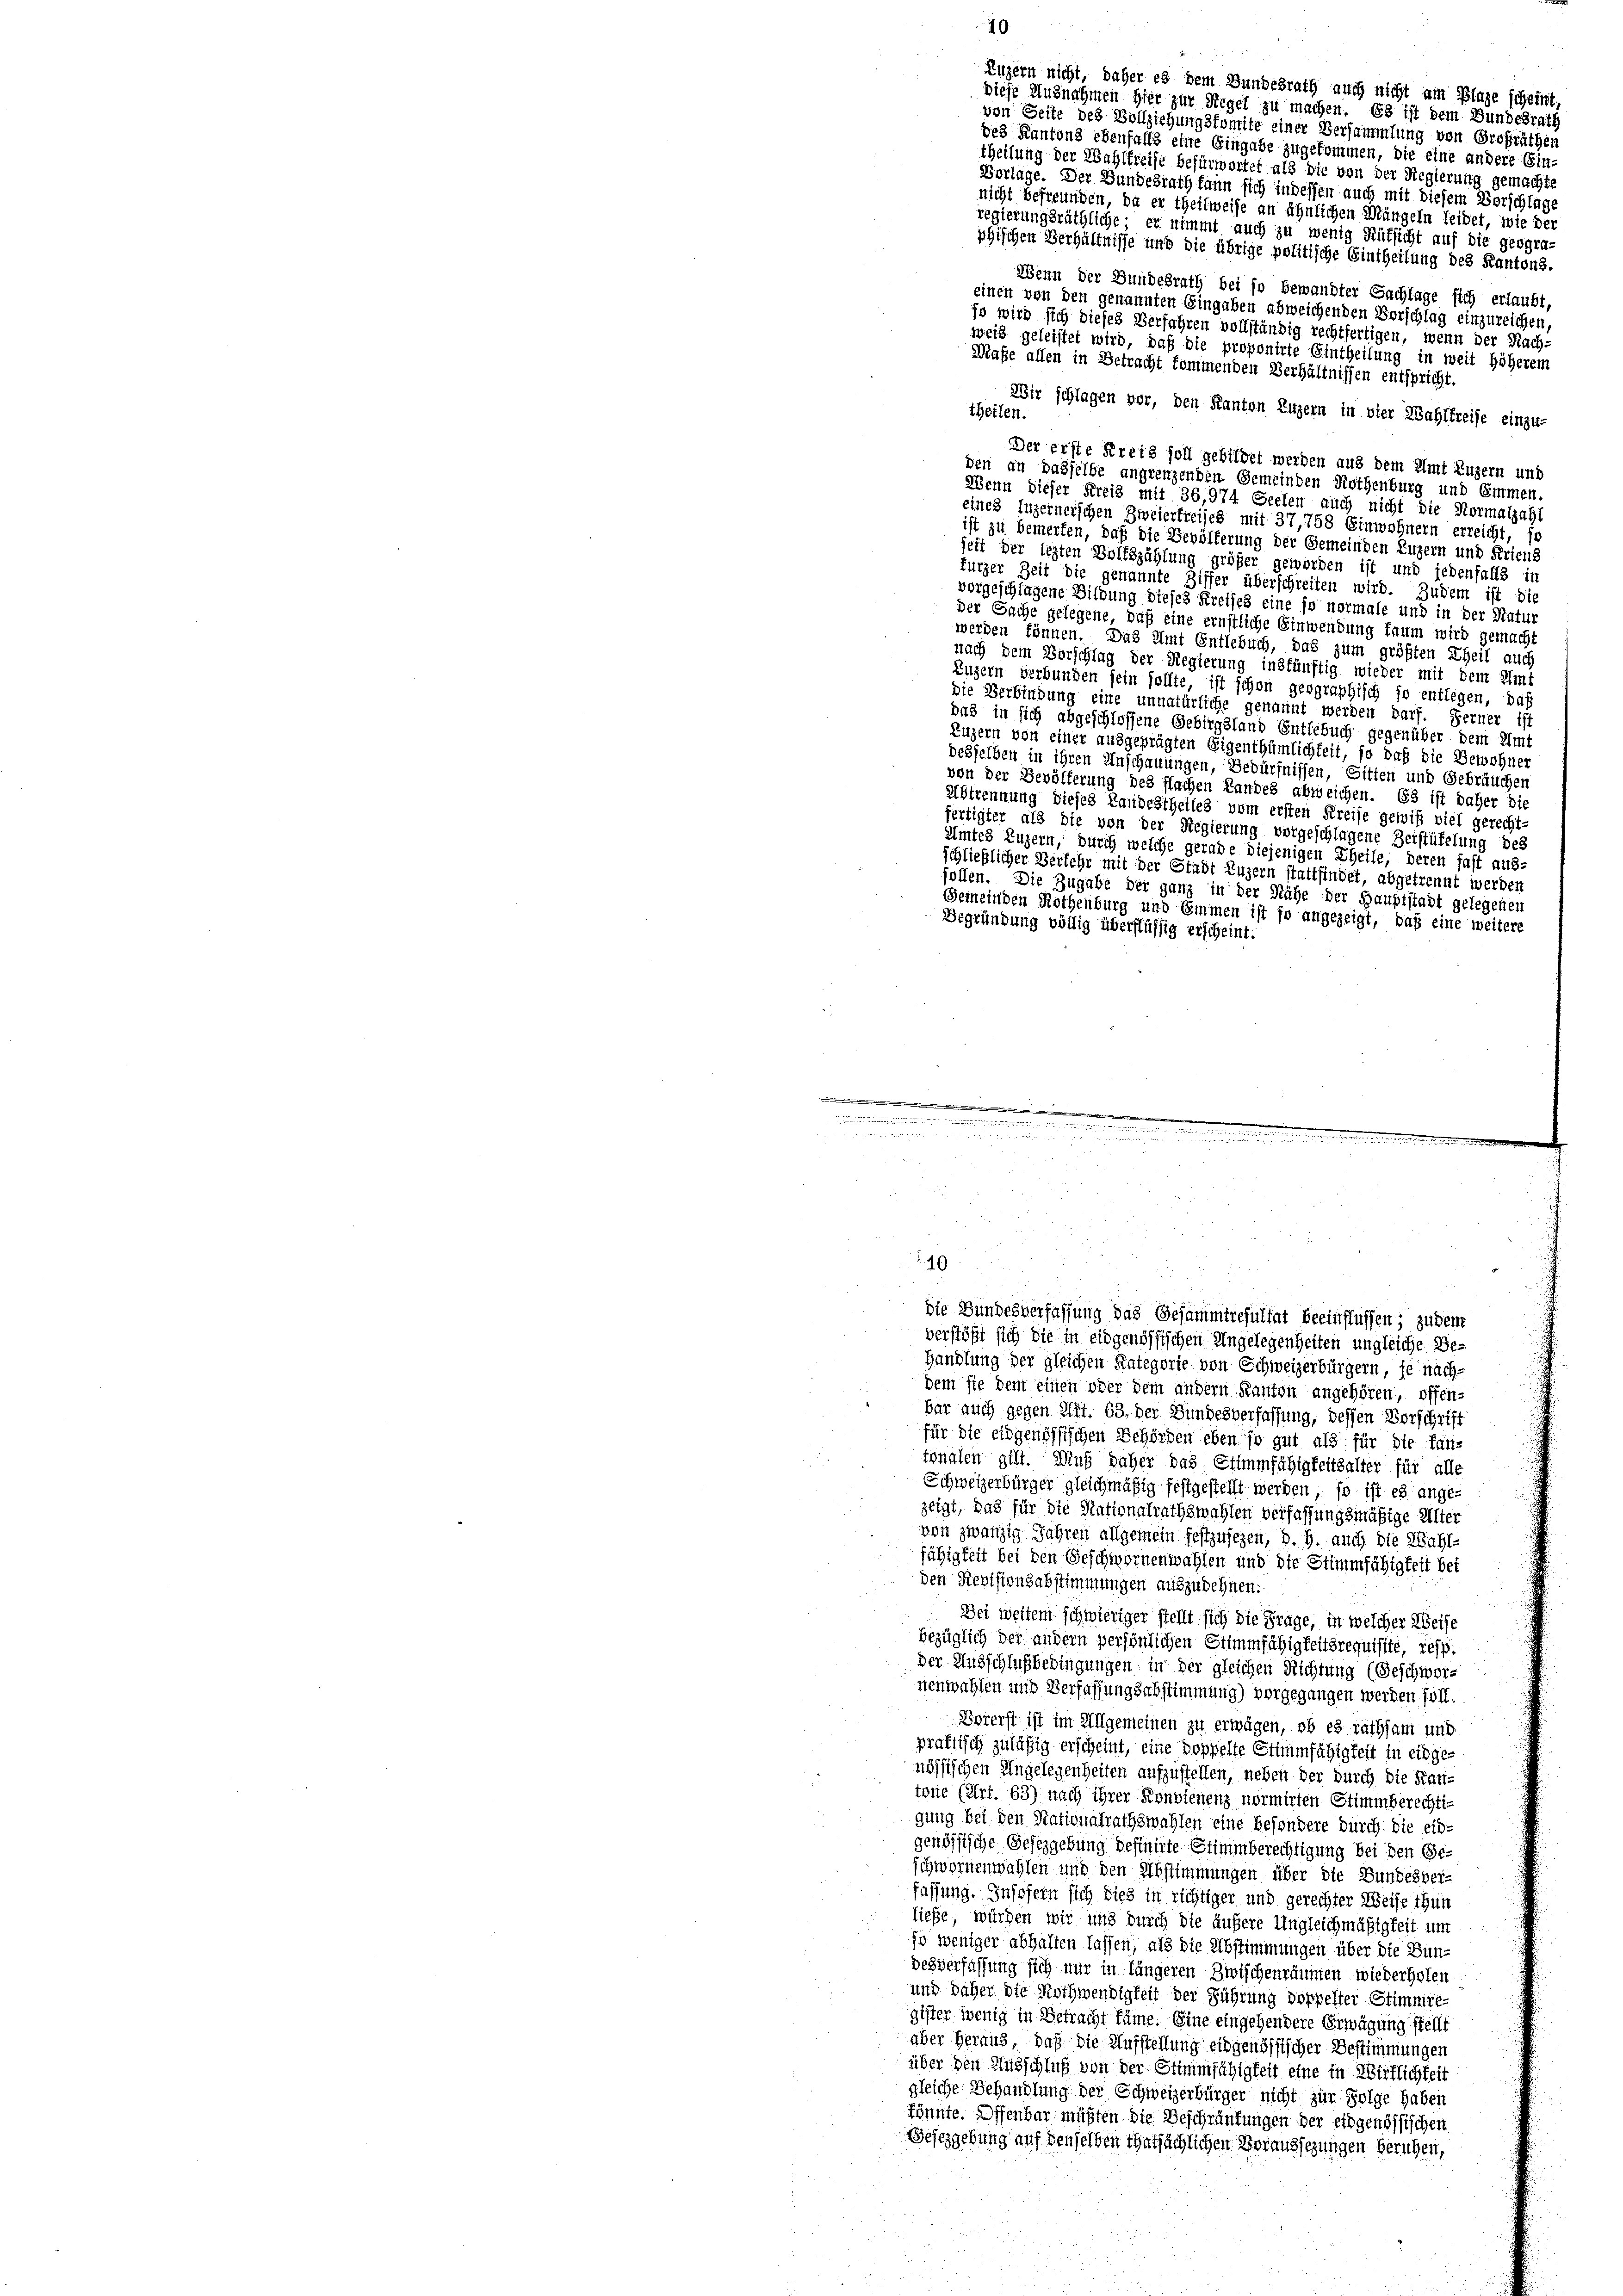
Luzern nicht, daher es dem Bundesrath auch nicht am Plage scheint,
diese Ausnahmen hier zur Regel zu machen. Es ist dem Bundesrath
von Seite des Vollziehungsfomite einer Versammlung von Grofräthen
des Kantons ebenfalls eine Eingabe zugekommen, die eine andere Ein-
theilung der Wahlkreist befürwortet als die von der Regierung gemachte
Vorlage. Der Bundesrath kann sich indessen auch mit diesem Vorschlage
nicht befreunden, da er theilweise an ähnlichen Mängeln leidet, wie der
regierungsräthliche er nimmt auch zu wenig Rüksicht auf die geogra-
phischen Verhältnisse und die übrige politische Eintheilung des Kantons.
Wenn der Bundesrath bei so bewandter Sachlage sich erlaubt,
einen von den genannten Eingaben abweichenden Vorschlag einzureichen,
so wird sich dieses Verfahren vollständig rechtfertigen, wenn der Nach-
weis geleistet wird, daß die proponirte Eintheilung in weit höherem
Maße allen in Betracht kommenden Verhältnissen entspricht.
Wir schlagen vor, den Kanton Luzern in vier Wahlkreise einzu-
theilen.
Der erste Kreis soll gebildet werden aus dem Amt Luzern und
den an dasselbe angrenzenden Gemeinden Rothenburg und Emmen.
Wenn dieser Kreis mit 36,974 Seelen auch nicht die Normalzahl
eines Luzernerschen Zweierfreises mit 37,758 Einwohnern erreicht, so
ist zu bemerken, daß die Bevölkerung der Gemeinden Luzern und Friens
seit der lezten Volkszählung größer geworden ist und jedenfalls in
furzer Zeit die genannte Ziffer überschreiten wird. Zudem ist die
vorgeschlagene Bildung dieses Kreises eine so normale und in der Natur
der Sache gelegene, daß eine ernstliche Einwendung kaum wird gemacht
werden können. Das Amt Entlebuch, das zum größten Theil auch
nach dem Vorschlag der Regierung inskünftig wieder mit dem Amt
Luzern verbunden sein sollte, ist schon geographisch so entlegen, daß
die Verbindung eine unnatürliche genannt werden darf. Ferner ist
das in sich abgeschlossene Gebirgsland Entlebuch gegenüber dem Amt
Luzern von einer ausgeprägten Eigenthümlichkeit, so daß die Bewohner
desselben in ihren Anschauungen, Bedürfnissen, Sitten und Gebräuchen
von der Bevölferung des flachen Landes abweichen. 63 ist daher die
Abtrennung dieses Landestheiles vom ersten Kreise gewiß viel gerecht-
fertigter als die von der Regierung vorgeschlagene Zerstüfelung des
Amtes Luzern, durch welche gerade diejenigen Theile, deren fast aus-
schließlicher Verkehr mit der Stadt Luzern stattfindet, abgetrennt werden
follen. Die Zugabe der ganz in der Nähe der Hauptstadt gelegenen
Gemeinden Kothenburg und Emmen ist so angezeigt, daß eine weitere
Begründung völlig überflüssig erscheint.
   |
u

i
d
,
d
x
die Bundesverfassung das Gesammtresultat beeinflüssen; zudem
verstößt sich die in eidgenössischen Angelegenheiten ungleiche Be¬

Handlung der gleichen Kategorie von Schweizerbürgern, je nach-
dem sie dem einen oder dem andern Kanton angehören, offen-
bar auch gegen Art. 63, der Bundesverfassung, dessen Vorschrift
für die eidgenössischen Behörden eben so gut als für die fan-
tonalen gibt. Auf daher das Stimmfähigkeitsalter für alle
Schweizerbürger gleichmäßig festgestellt werden, so ist es ange-
zeigt, das für die Nationalrathswahlen verfassungsmäßige Alter
von zwanzig Jahren allgemein festzusezen, d. h. auch die Wahlfähigkeit bei den Geschwornenwahlen und die Stimmfähigkeit bet
den Revisionsabstimmungen auszudehnen.
Dei weitem schwieriger stellt sich die Frage, in welcher Weise
bezüglich der andern persönlichen Stimmfähigkeitsrequisite, resp.
der Ausschlußbedingungen in der gleichen Richtung (Geschwornenwahlen und Verfassungsabstimmung) vorgegangen werden soll.
Borerst ist im Allgemeinen zu erwägen, ob es rathsam und
praktisch zuläßig erscheint, eine doppelte Stimmfähigkeit in eingenössischen Angelegenheiten aufzustellen, neben der durch die Kantone (Art. 63) nach ihrer Konvienenz normirten Stimmberechtigung bei den Nationalrathswahlen eine besondere durch. Die eidgenössische Gefizgebung definirte Stimmberechtigung bei den Ge-
schwornenwahlen und den Abstimmungen über die Bundesver-
fassung. Insofern sich dies in richtiger und gerechter Weise thun
liefe, würden wir und durch die äußere Ungleichmäßigkeit um
jo weniger abhalten lassen, als die Abstimmungen über die Bundesverfassung sich nur in längeren Zwischenräumen wiederholen
und daher die Nothwendigkeit der Führung doppelter Stimmre-
gister wenig in Betracht käme. Eine eingehendere Erwägung stellt
aber heraus, daß die Aufstellung eidgenössischer Bestimmungen
über den Ausschluß von der Stimmfähigkeit eine in Wirklichkeit
gleiche Behandlung der Schweizerbürger nicht zur Folge haben
Könnte. Offenbar müßten die Beschränkungen der eidgenössischen
Gesezgebung auf denselben thatsächlichen Voraussezungen beruhen,